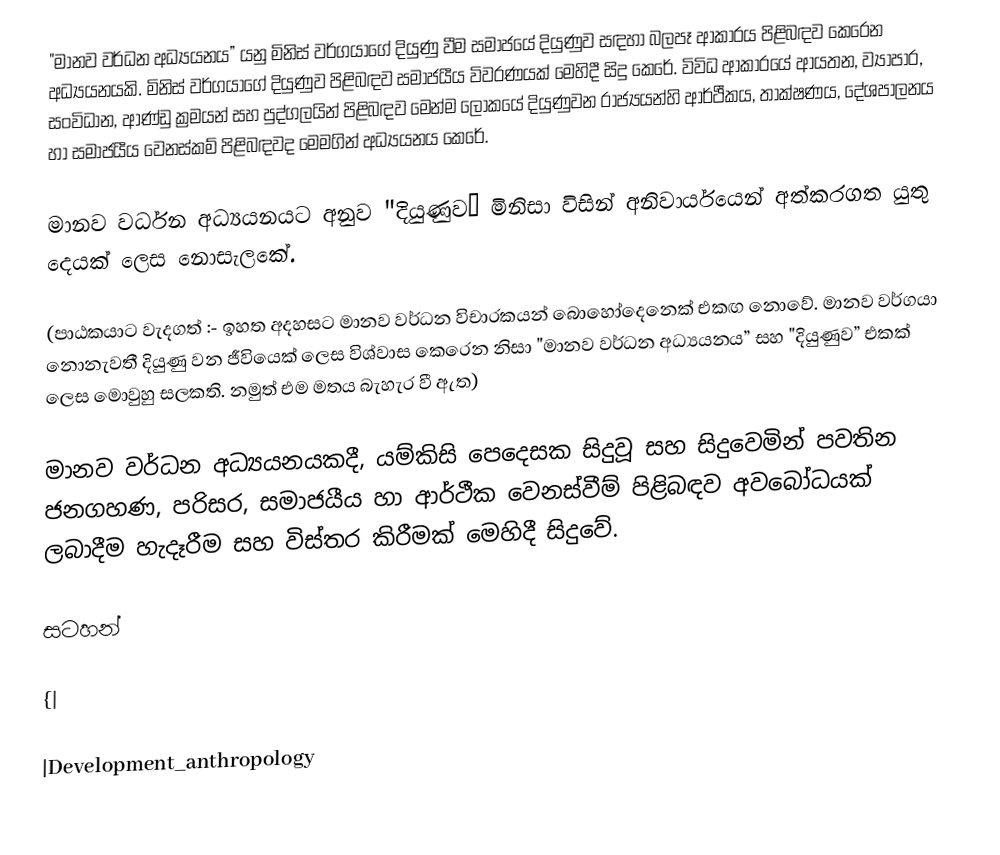
"මානව වර්ධන අධ්‍යයනය” යනු මිනිස් වර්ගයාගේ දියුණු වීම සමාජයේ දියුණුව සඳහා බලපෑ ආකාරය පිළිබඳව කෙරෙන අධ්‍යයනයකි. මිනිස් වර්ගයාගේ දියුණුව පිළිබඳව සමාජයීය විවරණයක් මෙහිදී සිදු කෙරේ. විවිධ ආකාරයේ ආයතන, ව්‍යාපාර, සංවිධාන, ආණ්ඩු ක්‍රමයන් සහ පුද්ගලයින් පිළිබඳව මෙන්ම ලෝකයේ දියුණුවන රාජ්‍යයන්හි ආර්ථීකය, තාක්ෂණය, දේශපාලනය හා සමාජයීය වෙනස්කම් පිළිබඳවද මෙමගින් අධ්‍යයනය කෙරේ.

මානව වර්ධන අධ්‍යයනයට අනුව "දියුණුව” මිනිසා විසින් අනිවාර්යයෙන් අත්කරගත යුතු දෙයක් ලෙස නොසැලකේ.

(පාඨකයාට වැදගත් :- ඉහත අදහසට මානව වර්ධන විචාරකයන් බොහෝදෙනෙක් එකඟ නොවේ. මානව වර්ගයා නොනැවතී දියුණු වන ජීවියෙක් ලෙස විශ්වාස කෙරෙන නිසා "මානව වර්ධන අධ්‍යයනය” සහ "දියුණුව” එකක් ලෙස මොවුහු සලකති. නමුත් එම මතය බැහැර වී ඇත)

මානව වර්ධන අධ්‍යයනයකදී, යම්කිසි පෙදෙසක සිදුවූ සහ සිදුවෙමින් පවතින ජනගහණ, පරිසර, සමාජයීය හා ආර්ථීක වෙනස්වීම් පිළිබඳව අවබෝධයක් ලබාදීම හැදෑරීම සහ විස්තර කිරීමක් මෙහිදී සිදුවේ.

සටහන්

{|

|Development_anthropology